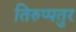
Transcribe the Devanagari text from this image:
तिरुप्पतुर